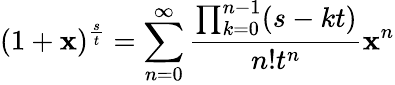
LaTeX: (1+\mathbf{x})^{\frac{{s}}{{t}}}=\sum_{n=0}^{\infty}{\frac{{\prod_{k=0}^{n-1}(s-kt)}}{{n!t^{n}}}}\mathbf{x}^{n}